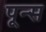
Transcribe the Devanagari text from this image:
पून्स